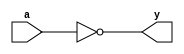
`timescale 1ns / 1ps
//////////////////////////////////////////////////////////////////////////////////
// Company: 
// Engineer: 
// 
// Design Name: 
// Module Name: not_nor
// Project Name: 
// Target Devices: 
// Tool Versions: 
// Description: 
// 
// Dependencies: 
// 
// Revision:
// Revision 0.01 - File Created
// Additional Comments:
// 
//////////////////////////////////////////////////////////////////////////////////


module not_nor(input a, output y);

nor nr0(y, a, a);

endmodule